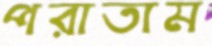
পরাতাম